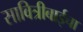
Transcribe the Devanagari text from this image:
सावित्रीबाईचा